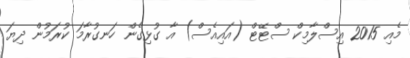
މެއި 2015 އިސްލާމިކް ސްޓޭޓް (އައިއެސް) އާ ގުޅިގެން ހަނގުރާމަ ކުރަމުން ދިޔަ